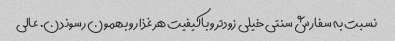
نسبت به سفارش سنتی خیلی زودتر و باکیفیت هر غذا رو بهمون رسوندن. عالی